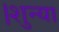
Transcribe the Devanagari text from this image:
।शुन्या